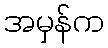
အမှန်က